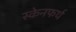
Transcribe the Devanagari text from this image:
स्केनफर्थ